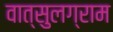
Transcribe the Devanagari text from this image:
वात्सुलग्राम